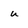
Character: u